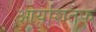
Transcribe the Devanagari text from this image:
आर्याशतक